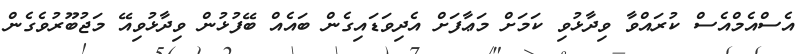
އެސްއެމްއެސް ކުރައްވާ ވިދާޅުވި ކަމަށް މަޢާފަށް އެދިވަޑައިގެން ބައެއް ބޭފުޅުން ވިދާޅުވިއޭ މަޖުބޫރުވެގެން